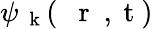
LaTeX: \psi_{\mathrm{~\mathbf~k~}}(\mathrm{~{~\mathbf~r~}~,~t~})